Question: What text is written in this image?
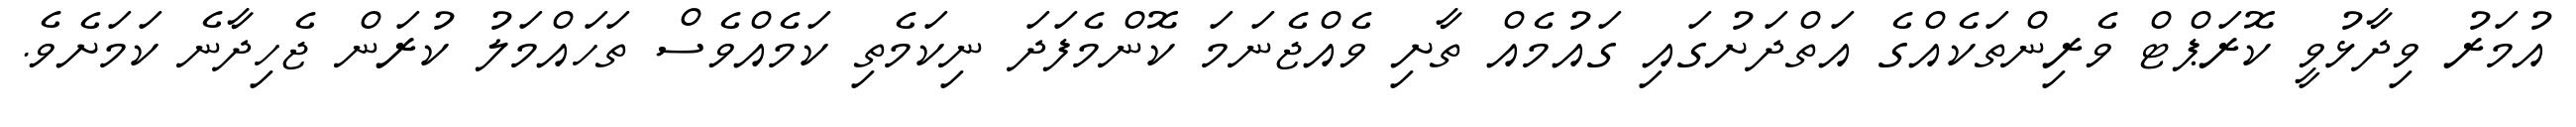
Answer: އުމަރު ވިދާޅުވީ ކޮރަޕްޓް ވެރިންތަކެއްގެ އަތްދަށުގައި ގައުމެއް ތާށި ވެއްޖެނަމަ ކޮންމެފަދަ ނިކަމެތި ކަމެއްވެސް ތަހައްމަލު ކުރަން ޖެހިދާނެ ކަމަށެވެ.